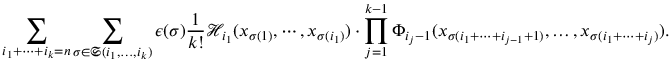
\sum _ { i _ { 1 } + \cdots + i _ { k } = n } \sum _ { \sigma \in \mathfrak { S } ( i _ { 1 } , \ldots , i _ { k } ) } \epsilon ( \sigma ) \frac { 1 } { k ! } \mathcal { H } _ { i _ { 1 } } ( x _ { \sigma ( 1 ) } , \cdots , x _ { \sigma ( i _ { 1 } ) } ) \cdot \prod _ { j = 1 } ^ { k - 1 } \Phi _ { i _ { j } - 1 } ( x _ { \sigma ( i _ { 1 } + \cdots + i _ { j - 1 } + 1 ) } , \ldots , x _ { \sigma ( i _ { 1 } + \cdots + i _ { j } ) } ) .